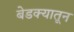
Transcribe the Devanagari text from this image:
बेडक्यातून